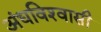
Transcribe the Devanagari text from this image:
अंधविश्‍वासी